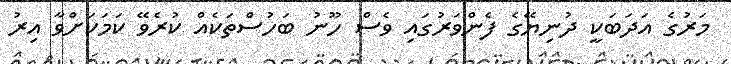
މަރުގެ އަދަބަކީ ދުނިޔޭގެ ފެންވަރުގައި ވެސް ހޫނު ބަހުސްތަކެއް ކުރެވޭ ކަމަކަށްވާ އިރު